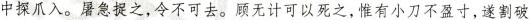
中探爪入。屠急捉之，令不可去。顾无计可以死之，惟有小刀不盈寸，遂割破